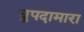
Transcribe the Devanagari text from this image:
धुपदामारा